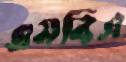
এমবিএ